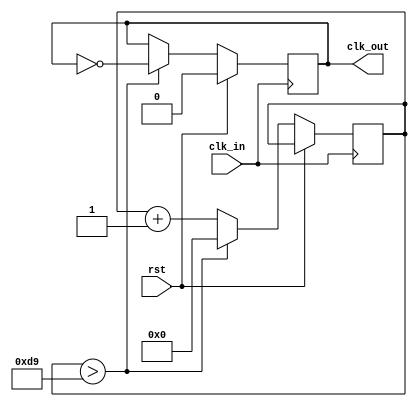
module baud_115200_generator(clk_in, rst, clk_out);

	input clk_in;
	input rst;
	
	output reg clk_out;
	
	reg [7:0] counter;
	
	always @ (posedge clk_in) begin
		if (rst) begin
			clk_out <= 1'b0;
		end else begin
			if (counter > 8'd217) begin
				clk_out <= ~clk_out;
				counter <= 8'd0;
			end else begin
				counter <= counter + 8'd1;
			end
		end
	end
	
endmodule